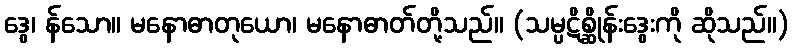
ဒွေ၊ န်သော။ မနောဓာတုယော၊ မနောဓာတ်တို့သည်။ (သမ္ပဋိစ္ဆိုန်းဒွေးကို ဆိုသည်။)